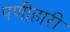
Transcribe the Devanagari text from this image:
पणीहारी